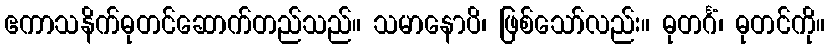
ဧကာသနိက်ဓုတင်ဆောက်တည်သည်။ သမာနောပိ၊ ဖြစ်သော်လည်း။ ဓုတင်္ဂံ၊ ဓုတင်ကို။